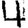
Digit: 4